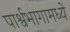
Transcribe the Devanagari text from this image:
पार्श्वभागामध्ये